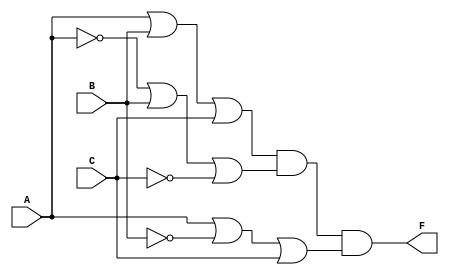
module pos_simplification (
    input wire A,  // Input variable A
    input wire B,  // Input variable B
    input wire C,  // Input variable C
    output wire F  // Output of the POS expression
);

// Define the sum terms using OR gates
wire sum1;  // Represents (A + B + C)
wire sum2;  // Represents (A' + B + C')
wire sum3;  // Represents (A + B' + C)

// Implement the sum terms
assign sum1 = A | B | C;          // A + B + C
assign sum2 = ~A | B | ~C;        // A' + B + C'
assign sum3 = A | ~B | C;         // A + B' + C

// Implement the product term using AND gate
assign F = sum1 & sum2 & sum3;    // (A + B + C)(A' + B + C')(A + B' + C)

endmodule